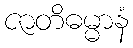
ဇာတိဓမ္မာနံ